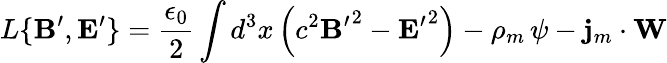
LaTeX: L\{ {{\mathbf B}^{\prime}},{{\mathbf E}^{\prime}}\} =\frac{\epsilon_{0}}{2}\int d^{3}x\left(c^{2}{{\mathbf B}^{\prime}}^{2}-{{\mathbf E}^{\prime}}^{2}\right)-\rho_{m}\, \psi-{\mathbf j}_{m}\cdot{\mathbf W}